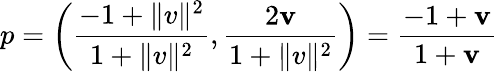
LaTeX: p=\left({\frac{-1+\| v\| ^{2}}{1+\| v\| ^{2}}},{\frac{2\mathbf{v}}{1+\| v\| ^{2}}}\right)={\frac{-1+\mathbf{v}}{1+\mathbf{v}}}